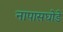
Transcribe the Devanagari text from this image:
नापासघोडे